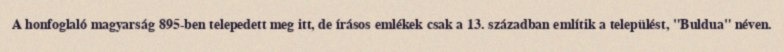
A honfoglaló magyarság 895-ben telepedett meg itt, de írásos emlékek csak a 13. században említik a települést, "Buldua" néven.